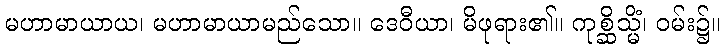
မဟာမာယာယ၊ မဟာမာယာမည်သော။ ဒေဝီယာ၊ မိဖုရား၏။ ကုစ္ဆိသ္မိံ၊ ဝမ်း၌။